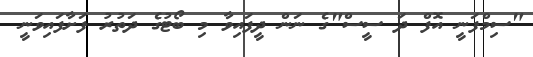
"ސިމްފަނީ އޮފް ދަ ސީސް"ގެ ނަން ދީފައިވާ މި ބޯޓުގެ ދަތުރު ފަށާފައިވަނީ